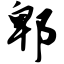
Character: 郫